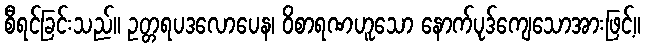
စီရင်ခြင်းသည်။ ဥတ္တရပဒလောပေန၊ ဝိစာရဏဟူသော နောက်ပုဒ်ကျေသောအားဖြင့်။